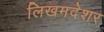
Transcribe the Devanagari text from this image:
लिखमदेशर